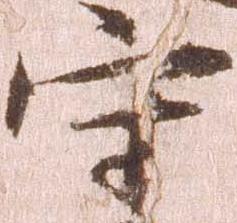
守